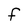
Character: F